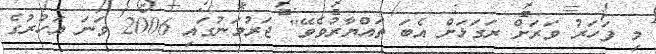
މި ފަހަރު ވަރަށް ރަގަޅަށް އެބަ ތައްޔާރުވެވޭ" ޖަރުމަނުގައި 2006 ވަނަ އަހުރުގެ